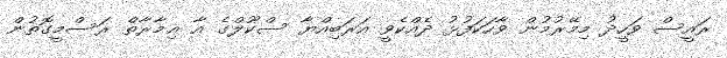
ރައީސް ވަހީދު މިމޭރުމުން ވާހަކަފުޅު ދެއްކެވީ އަރަބިއްޔާ ސްކޫލްގެ އާ ޢިމާރާތް ރަސްމީގޮތުން